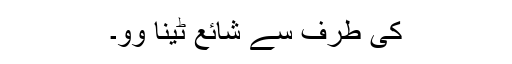
کی طرف سے شائع ٹینا وو۔